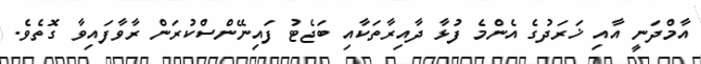
އާމްދަނީ އާއި ޚަރަދުގެ އެންމެ ފުޅާ ދާއިރާތަކާއި ބަޖެޓު ފައިނޭންސްކުރަން ރާވާފައިވާ ގޮތެވެ.